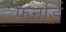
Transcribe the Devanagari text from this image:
फ़र्नार्ड